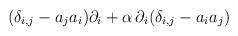
LaTeX: \begin{align*}(\delta_{i,j} - a_ja_i)\partial_i+{\alpha}\, \partial_i(\delta_{i,j}-a_ia_j)\end{align*}